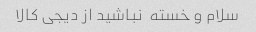
سلام و خسته  نباشید از دیجی کالا